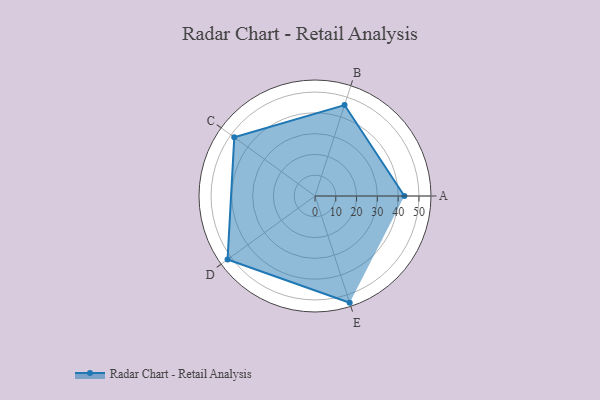
{"axis": {"x": "Skill", "y": "Score"}, "legend": ["Profile"], "data": [{"x": "A", "y": 43.0, "type": "Profile"}, {"x": "B", "y": 46.0, "type": "Profile"}, {"x": "C", "y": 48.0, "type": "Profile"}, {"x": "D", "y": 52.0, "type": "Profile"}, {"x": "E", "y": 54.0, "type": "Profile"}]}